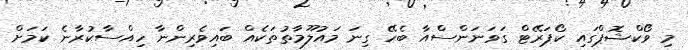
މި ވޯކްޝޮޕްގައި ކޯޕަރޭޓް ގަވަނަންސްއާ ބެހޭ ގިނަ މައުލޫމާތުތަކެއް ބައިވެރިންނާ ހިއްސާކުރާނެ ކަމަށް